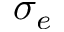
\sigma _ { e }